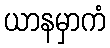
ယာနမှာကံ